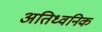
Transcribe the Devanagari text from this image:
अतिध्वनिक